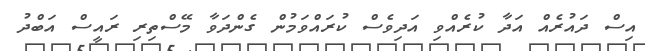
އިސް ދައުރެއް އަދާ ކުރެއްވި އަދިވެސް ކުރައްވަމުން ގެންދަވާ މޭސްތިރި ރައީސް އަބްދު